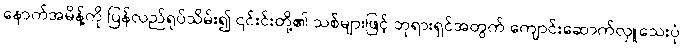
နောက်အမိန့်ကို ပြန်လည်ရုပ်သိမ်း၍ ၎င်းင်းတို့၏ သစ်များဖြင့် ဘုရားရှင်အတွက် ကျောင်းဆောက်လှူသေးပုံ၊